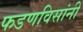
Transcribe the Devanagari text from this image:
फडणविसांनीं